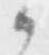
候